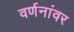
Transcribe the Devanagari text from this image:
वर्णनांवर